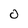
Character: 0